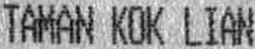
TAMAN KOK LIAN